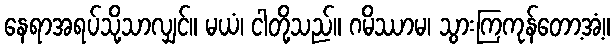
နေရာအရပ်သို့သာလျှင်။ မယံ၊ ငါတို့သည်။ ဂမိဿာမ၊ သွားကြကုန်တော့အံ့။